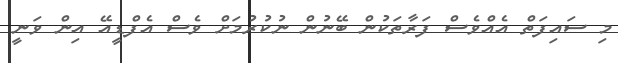
މި ސައިފަތް އެއްވެސް ފަރާތަކުން ބޭނުން ނުކުރުމަށް ވެސް އެފްޑީއޭ އިން ވަނީ